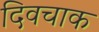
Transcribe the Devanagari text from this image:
दिवचाक